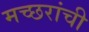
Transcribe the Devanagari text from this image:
मच्छरांची